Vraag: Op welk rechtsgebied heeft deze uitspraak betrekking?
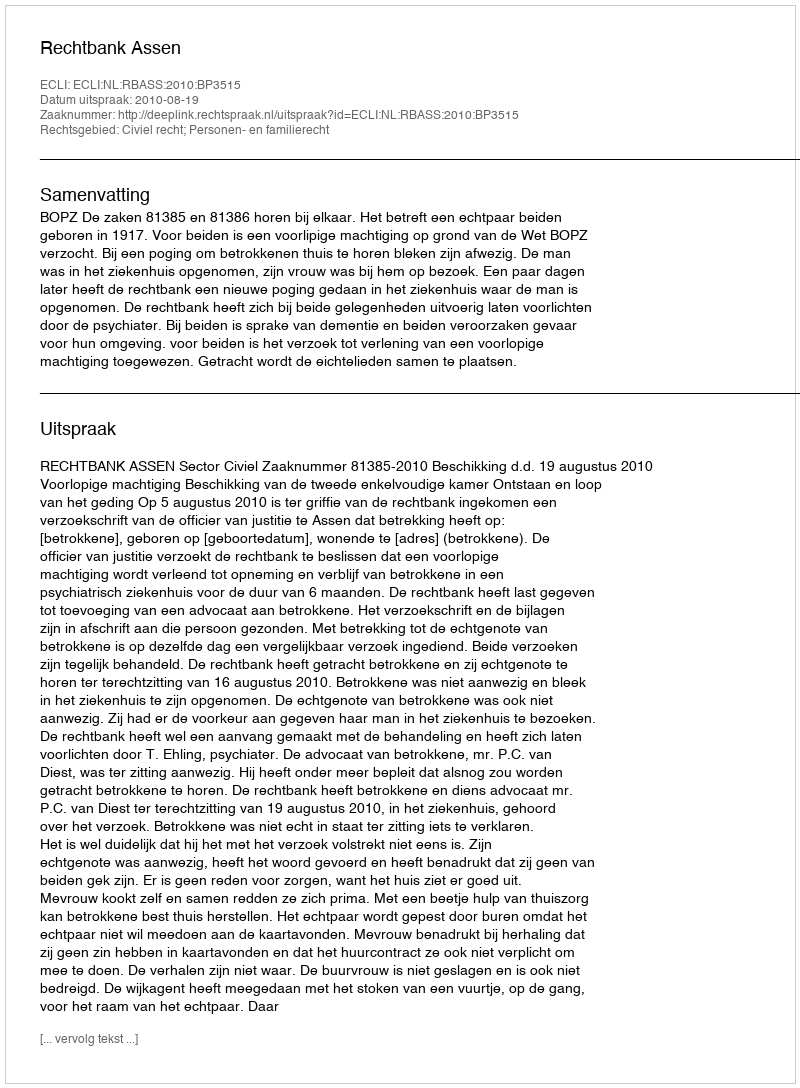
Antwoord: Civiel recht; Personen- en familierecht